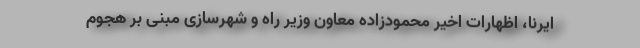
ایرنا، اظهارات اخیر محمودزاده معاون وزیر راه و شهرسازی مبنی بر هجوم